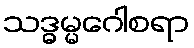
သဒ္ဓမ္မဂေါစရာ